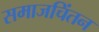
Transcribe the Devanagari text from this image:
समाजचिंतन